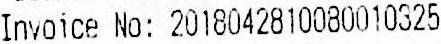
INVOICE NO: 2018042810080010325